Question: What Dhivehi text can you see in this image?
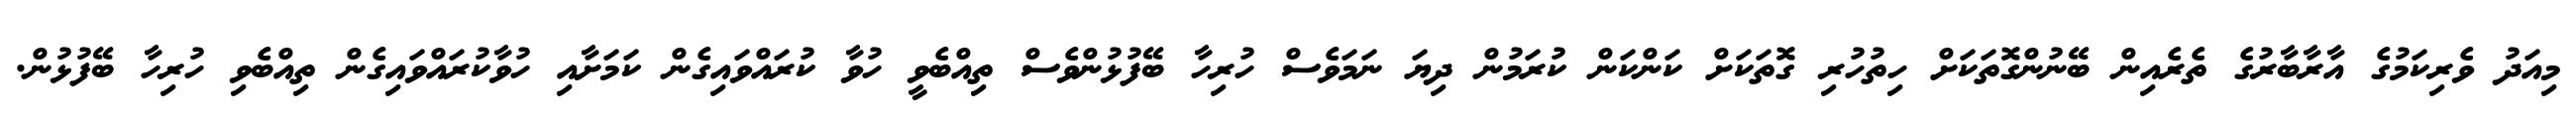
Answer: މިއަދު ވެރިކަމުގެ އާރާބާރުގެ ތެރެއިން ބޭނުންގޮތަކަށް ހިތުހުރި ގޮތަކަށް ކަންކަން ކުރަމުން ދިޔަ ނަމަވެސް ހުރިހާ ބޭފުޅުންވެސް ތިއްބެވީ ހުވާ ކުރައްވައިގެން ކަމަށާއި ހުވާކުރައްވައިގެން ތިއްބެވި ހުރިހާ ބޭފުޅުން.